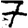
Digit: 7